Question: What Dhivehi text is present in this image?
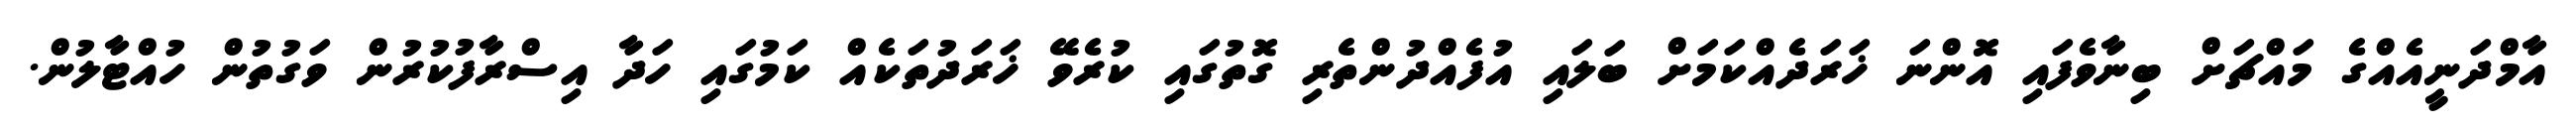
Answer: އާމްދަނީއެއްގެ މައްޗަށް ބިނާވެފައި އޮންނަ ޚަރަދެއްކަމަށް ބަލައި އުފެއްދުންތެރި ގޮތުގައި ކުރެވޭ ޚަރަދުތަކެއް ކަމުގައި ހަދާ އިސްރާފުކުރުން ވަގުތުން ހުއްޓާލުން.